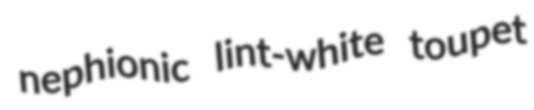
nephionic lint-white toupet